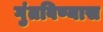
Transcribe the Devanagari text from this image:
गुंतविण्यास